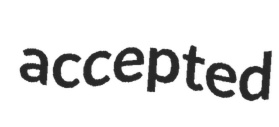
accepted